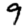
Digit: 9